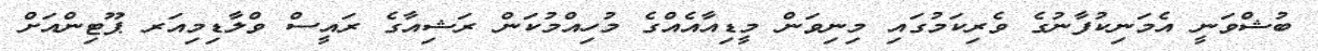
ބުޝްވަނީ އެމަނިކުފާނުގެ ވެރިކަމުގައި މިނިވަން މީޑިއާއެއްގެ މުހިއްމުކަން ރަޝިއާގެ ރައީސް ވްލާޑިމިއަރ ޕޫޓިންއަށް